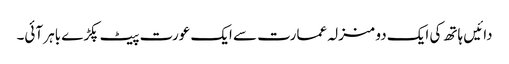
دائیں ہاتھ کی ایک دو منزلہ عمارت سے ایک عورت پیٹ پکڑے باہر آئی۔